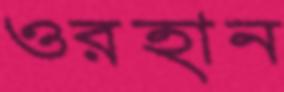
ওরহান